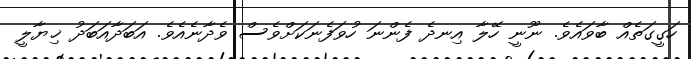
ހަގީގަތެއް ބާވައެވެ. ނޫނީ ހޭލާ އިނދެ ފެންނަ ހުވަފެނަކަށްވެސް ވެދާނެއެވެ. އަބަދާއަބަދު ޚިޔާލީ